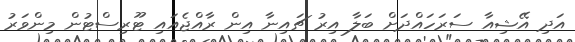
އަދި އޭޝިއާ ސަރަހައްދަށް ބަލާ އިރު ޗައިނާ އިން ރާއްޖެއައި ޓޫރިސްޓުން މިންވަރު